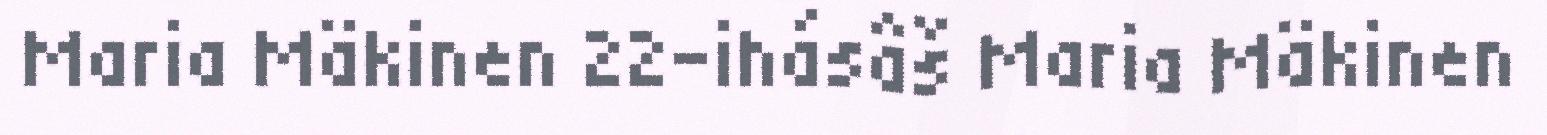
Maria Mäkinen 22-ihásâš Maria Mäkinen